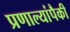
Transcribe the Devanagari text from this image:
प्रणाल्यांपैकी